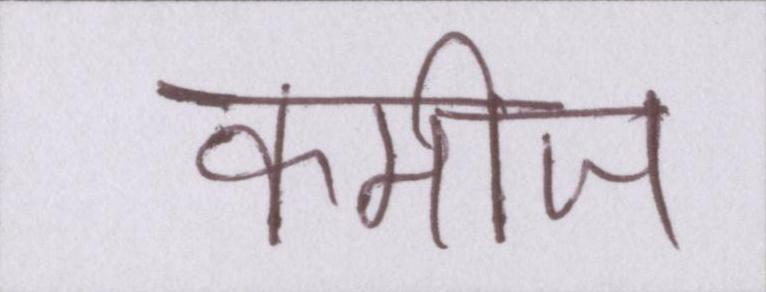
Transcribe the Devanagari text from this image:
कमीज